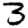
Digit: 3